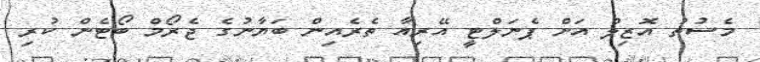
މެސުތު އޮޒިލް އަށް ޕެނަލްޓީ އޭރިއާ ތެރެއިން ބަޔާނުގެ ޖެރޯމް ބޯޓެން ކުރި